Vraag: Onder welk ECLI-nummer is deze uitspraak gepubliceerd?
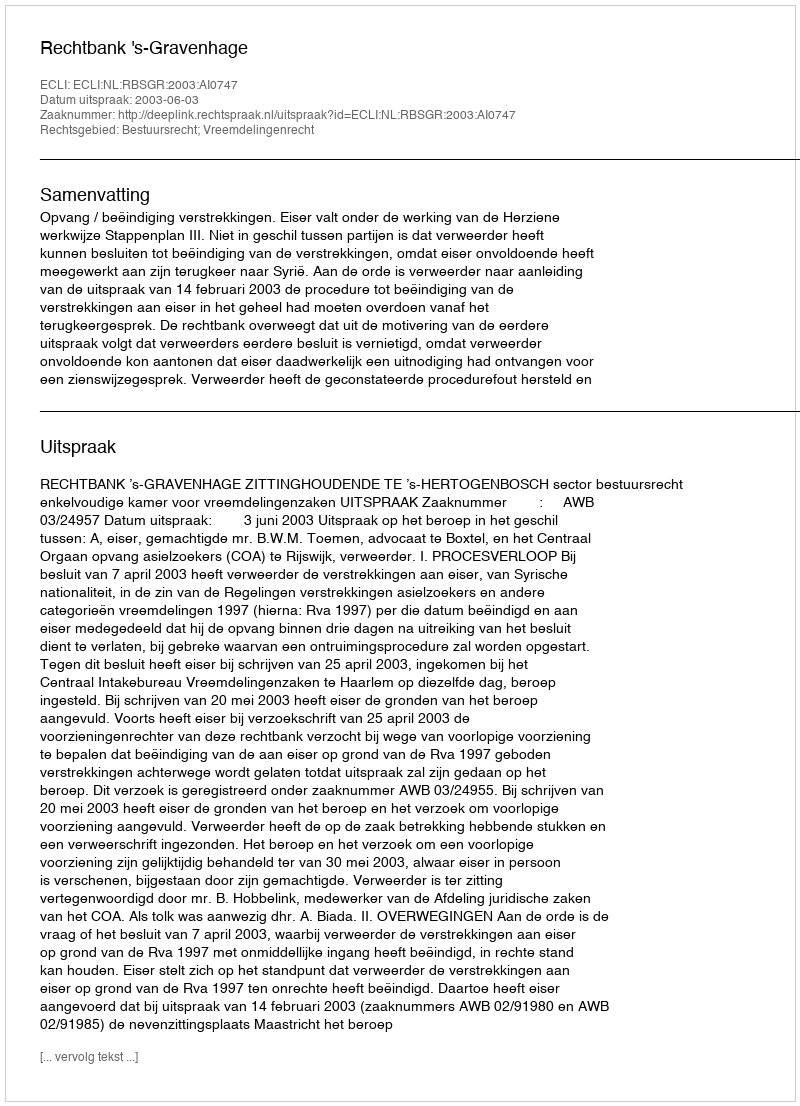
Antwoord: ECLI:NL:RBSGR:2003:AI0747